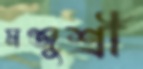
মঞ্জুশ্রী